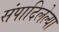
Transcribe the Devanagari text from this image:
संपादिलेल्या